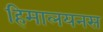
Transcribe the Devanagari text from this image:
हिमालयनस